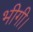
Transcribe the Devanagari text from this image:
भीगी।